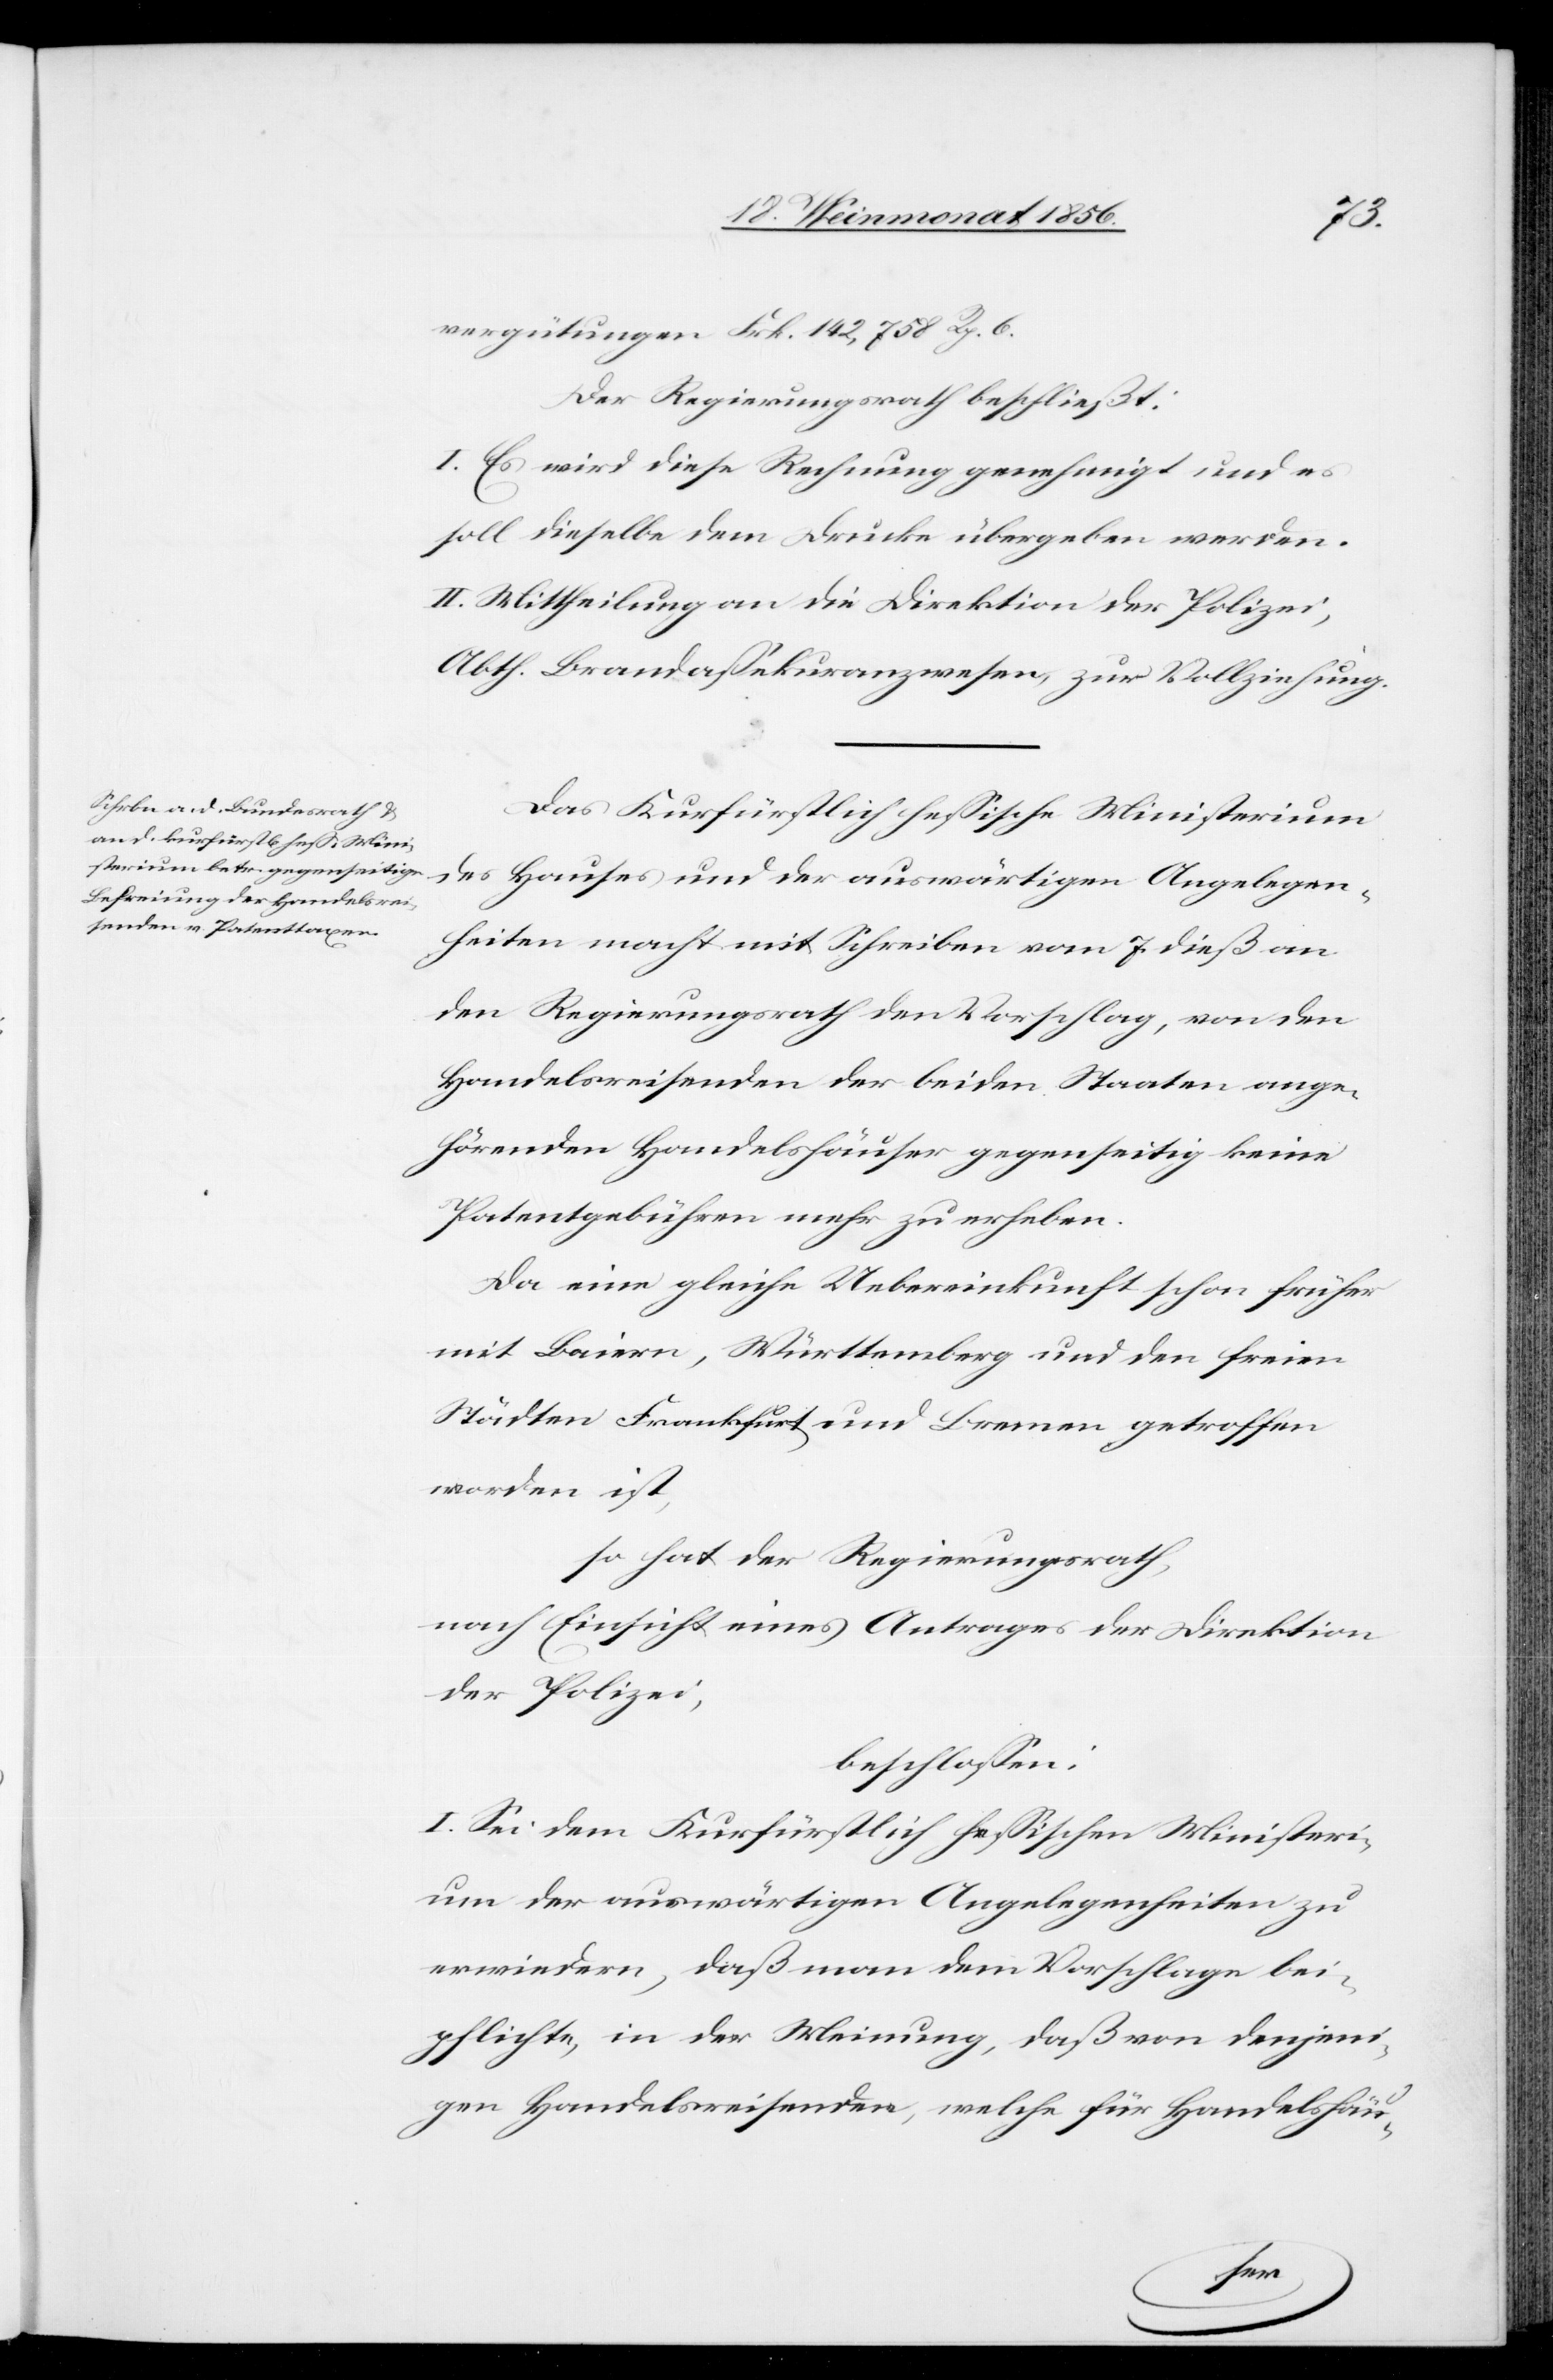
vergütungen Frk. 142,758 Rp. 6.
Der Regierungsrath beschließt:
I. Es wir diese Rechnung genehmigt und es
soll dieselbe dem Drucke übergeben werden.
II. Mittheilung an die Direktion der Polizei,
Abth. Brandassekuranzwesen, zur Vollziehung.
Das Kurfürstlich hessische Ministerium
des Hauses und der auswärtigen Angelegen¬
heiten macht mit Schreiben vom 7. dieß an
den Regierungsrath den Vorschlag, von den
Handelsreisenden der beiden Staaten ange¬
hörenden Handelshäuser gegenseitig keine
Patentgebühren mehr zu erheben.
Da eine gleiche Uebereinkunft schon früher
mit Baiern, Württemberg und den freien
Städten Frankfurt und Bremen getroffen
worden ist,
so hat der Regierungsrath,
nach Einsicht eines Antrages der Direktion
der Polizei,
beschlossen:
I. Sei dem Kurfürstlich hessischen Ministeri¬
um der auswärtigen Angelegenheiten zu
erwiedern, daß man dem Vorschlage bei¬
pflichte, in der Meinung, daß von denjeni¬
gen Handelsreisenden, welche für Handelshäu-